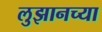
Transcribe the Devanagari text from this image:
लुझानच्या